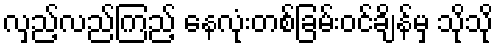
လှည့်လည်ကြည့် နေလုံးတစ်ခြမ်းဝင်ချိန်မှ သိုသို